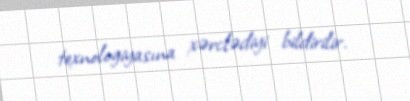
texnologiyasına xərclədiyi bildirilir.